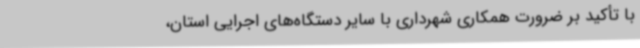
با تأکید بر ضرورت همکاری شهرداری با سایر دستگاه‌های اجرایی استان،